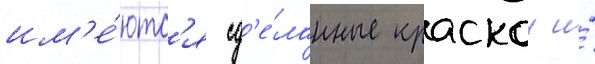
им'е́ютс'я сд'е́ланные краскои и́